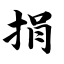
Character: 捐